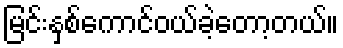
မြင်းနှစ်ကောင်ဝယ်ခဲ့တော့တယ်။